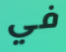
في